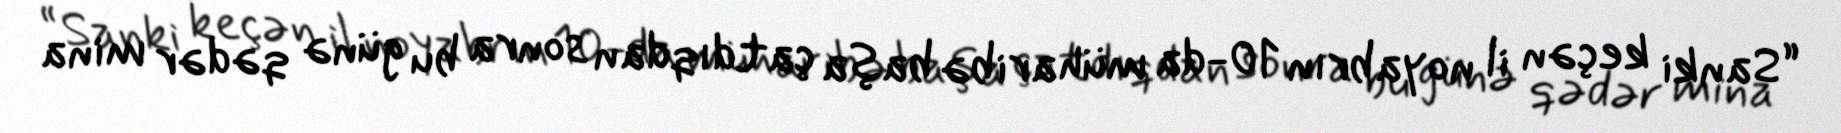
“Sanki keçən il noyabrın 10-da müharibə başa çatdıqdan sonra bu günə qədər mina